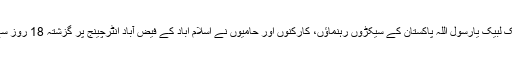
سنی تحریک اور تحریک لبیک یارسول اللہ پاکستان کے سیکڑوں رہنماؤں، کارکنوں اور حامیوں نے اسلام آباد کے فیض آباد انٹرچینج پر گزشتہ 18 روز سے دھرنا دے رکھا ہے۔